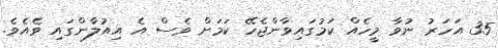
35 އަހަރު ނުވާ މީހެއް ކަމުގައިވާންޖެހޭ ކަމަށް ވެސް އެ އިއުލާންގައި ވެއެވެ.